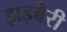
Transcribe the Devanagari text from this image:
झड़बेरी